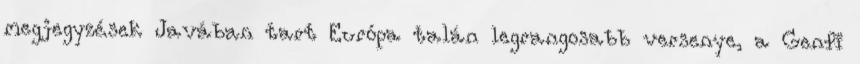
megjegyzések Javában tart Európa talán legrangosabb versenye, a Genfi